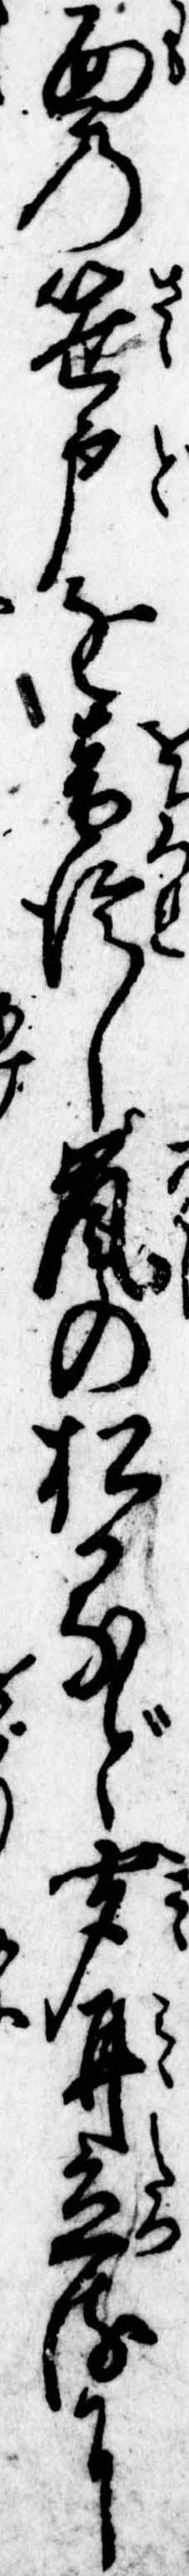
面の笹戸を音信し嵐の松かなど聞耳立るに